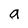
Character: a